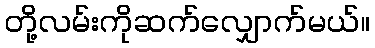
တို့လမ်းကိုဆက်လျှောက်မယ်။